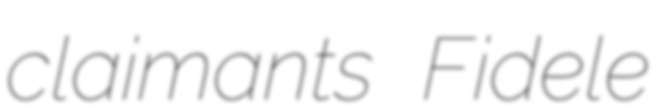
claimants Fidele